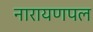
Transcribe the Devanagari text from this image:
नारायणपल